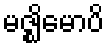
မဇ္ဈိမောပိ